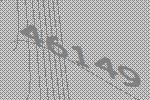
46149